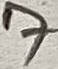
Text: 7